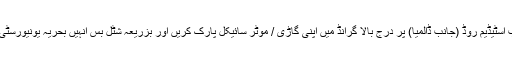
ملینئیم مال سے بائیں جانب اسٹیڈیم روڈ (جانب ڈالمیا) پر درج بالا گرانڈ میں اپنی گاڑی / موٹر سائیکل پارک کریں اور بزریعہ شٹل بس انہیں بحریہ یونیورسٹی اسٹیڈیم روڈلایا جائے گا ۔